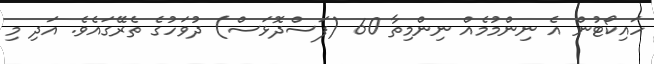
ހައިކޯޓުން އެ ނިންމުމެއް ނިންމިތާ 60 (ފަސްދޮޅަސް) ދުވަހުގެ ތެރޭގައެވެ. އަދި މި